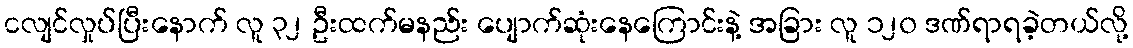
ငလျင်လှုပ်ပြီးနောက် လူ ၃၂ ဦးထက်မနည်း ပျောက်ဆုံးနေကြောင်းနဲ့ အခြား လူ ၁၂၀ ဒဏ်ရာရခဲ့တယ်လို့